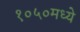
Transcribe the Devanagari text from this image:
१०५०मध्ये